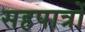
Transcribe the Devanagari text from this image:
सहपात्रों